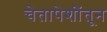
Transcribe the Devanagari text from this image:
चेतापेशींतून